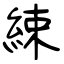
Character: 綀